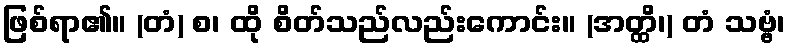
ဖြစ်ရာ၏။ (တံ) စ၊ ထို စိတ်သည်လည်းကောင်း။ (အတ္ထိ၊) တံ သဗ္ဗံ၊